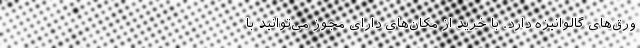
ورق‌های گالوانیزه دارد. با خرید از مکان‌های دارای مجوز می‌توانید با